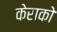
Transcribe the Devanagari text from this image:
केराको